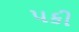
પકી